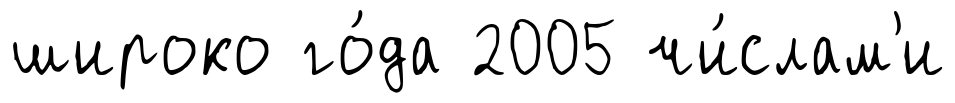
широко го́да 2005 чи́слам'и